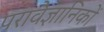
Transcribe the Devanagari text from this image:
परावैज्ञानिकों